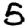
Digit: 5